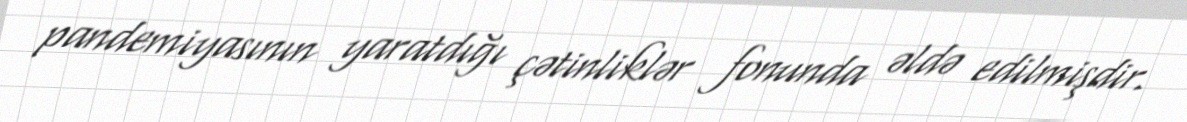
pandemiyasının yaratdığı çətinliklər fonunda əldə edilmişdir.